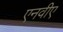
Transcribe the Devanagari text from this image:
एनवीए